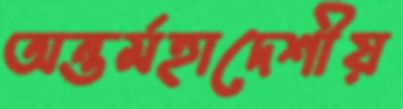
অন্তর্মহাদেশীয়